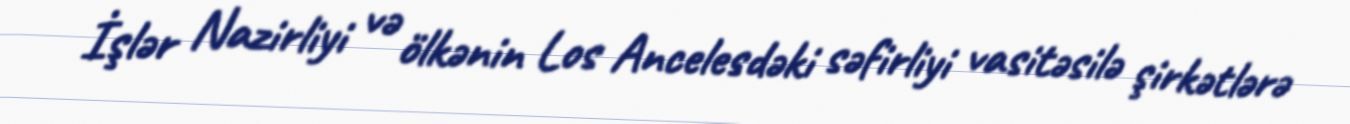
İşlər Nazirliyi və ölkənin Los Ancelesdəki səfirliyi vasitəsilə şirkətlərə